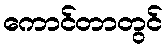
ကောင်တာတွင်